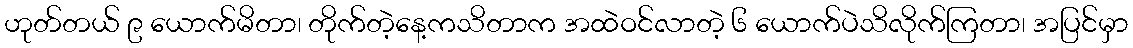
ဟုတ်တယ် ၉ ယောက်မိတာ၊ တိုက်တဲ့နေ့ကသိတာက အထဲဝင်လာတဲ့ ၆ ယောက်ပဲသိလိုက်ကြတာ၊ အပြင်မှာ